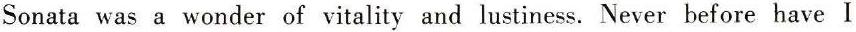
Sonata was a wonder of vitality and lustiness. Never before have I